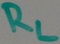
Text: RL